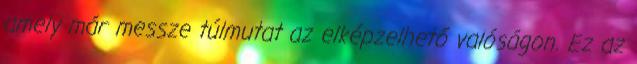
amely már messze túlmutat az elképzelhető valóságon. Ez az